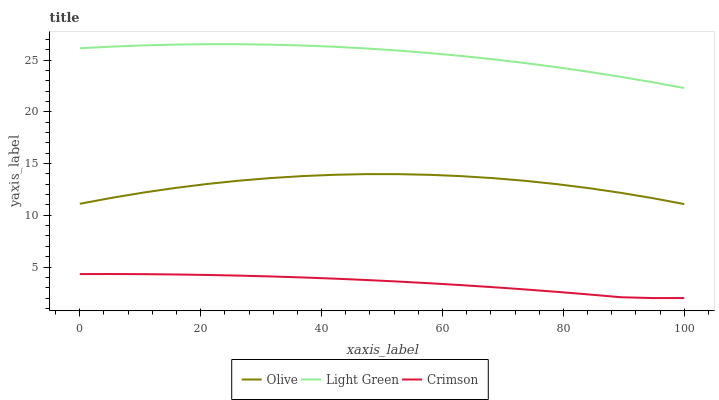
| xaxis_label | Olive | Light Green | Crimson |
 | --- | --- | --- | --- |
 | 0 | 11.1 | 26.1 | 4.32 |
 | 5.26 | 11.7 | 26.3 | 4.32 |
 | 10.5 | 12.2 | 26.4 | 4.31 |
 | 15.8 | 12.6 | 26.5 | 4.28 |
 | 21.1 | 13 | 26.5 | 4.23 |
 | 26.3 | 13.3 | 26.5 | 4.17 |
 | 31.6 | 13.6 | 26.5 | 4.09 |
 | 36.8 | 13.8 | 26.4 | 3.99 |
 | 42.1 | 13.9 | 26.3 | 3.88 |
 | 47.4 | 14 | 26.1 | 3.75 |
 | 52.6 | 14 | 25.9 | 3.6 |
 | 57.9 | 13.9 | 25.7 | 3.43 |
 | 63.2 | 13.8 | 25.4 | 3.25 |
 | 68.4 | 13.6 | 25.1 | 3.05 |
 | 73.7 | 13.3 | 24.7 | 2.83 |
 | 78.9 | 13 | 24.3 | 2.6 |
 | 84.2 | 12.6 | 23.9 | 2.35 |
 | 89.5 | 12.2 | 23.4 | 2.08 |
 | 94.7 | 11.7 | 22.9 | 2 |
 | 100 | 11.1 | 22.3 | 2 |